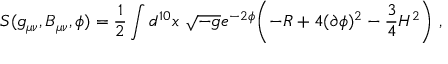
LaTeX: S ( g _ { \mu \nu } , B _ { \mu \nu } , \phi ) = { \frac { 1 } { 2 } } \int d ^ { 1 0 } x \ \sqrt { - g } e ^ { - 2 \phi } \biggl ( - R + 4 ( \partial \phi ) ^ { 2 } - { \frac { 3 } { 4 } } H ^ { 2 } \biggr ) \ ,